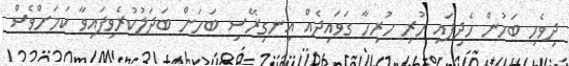
ދިވެހި ބަހުން ހެދިފައި ހުރި ހުރިހާ ގަވައިދެއް އިނގިރޭސި ބަހަށް ބަދަލުކުރެވިފައިވާ ކަމަށްވެސް